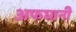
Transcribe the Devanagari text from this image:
अफघानी